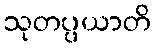
သုတပ္ပယာတိ